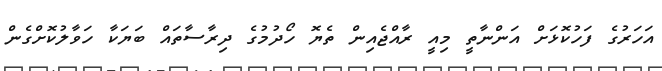
އަހަރުގެ ފަހުކޮޅަށް އަންނާތީ މިއީ ރާއްޖެއިން ތެޔޮ ހޯދުމުގެ ދިރާސާތައް ބަޔަކާ ހަވާލުކޮށްގެން